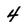
Character: 4